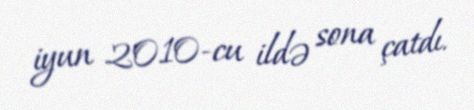
iyun 2010-cu ildə sona çatdı.